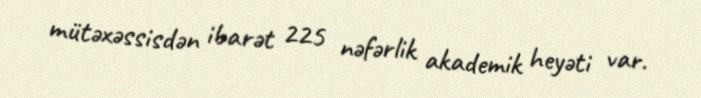
mütəxəssisdən ibarət 225 nəfərlik akademik heyəti var.